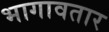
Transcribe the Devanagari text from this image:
भागावतार